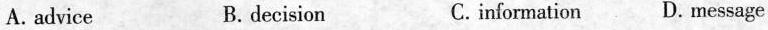
A. advice B. decision C.information D. message